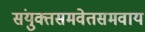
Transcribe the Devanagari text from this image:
संयुक्तसमवेतसमवाय